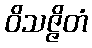
ဝိသဇ္ဇိတံ